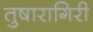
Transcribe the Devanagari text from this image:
तुषारागिरी